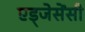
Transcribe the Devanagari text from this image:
एड्जेसेंसी